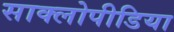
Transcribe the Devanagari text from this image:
साक्लोपीडिया